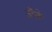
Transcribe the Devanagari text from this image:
जैके